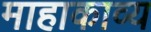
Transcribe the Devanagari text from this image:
माहाकाव्य